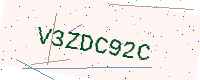
Text: V3ZDC92C